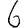
Digit: 6